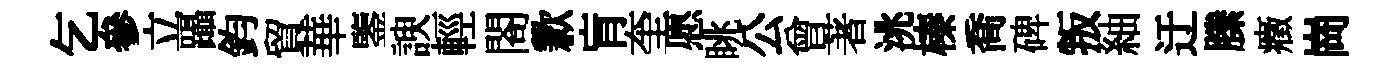
乞參立躡鈞貿華鑒諛輕閤歉肓奎愿眺公曾著洮榛喬碑叛紬迂縢癥崗